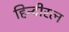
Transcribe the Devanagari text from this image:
हिन्दीरत्न